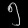
Digit: ၅